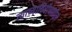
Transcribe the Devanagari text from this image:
त्याच्याविरोधातील